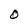
Character: O